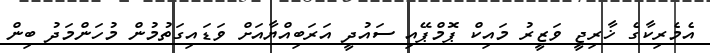
އެމެރިކާގެ ޚާރިޖީ ވަޒީރު މައިކް ޕޮމްޕޭއި ސައުދީ އަރަބިއްޔާއަށް ވަޑައިގަތުމުން މުހަންމަދު ބިން